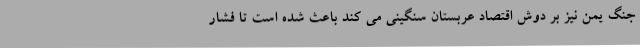
جنگ یمن نیز بر دوش اقتصاد عربستان سنگینی می کند باعث شده است تا فشار